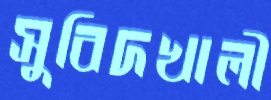
সুবিদখালী